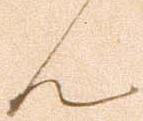
ん